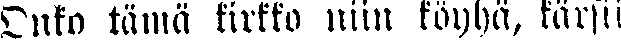
Onko tämä kirkko niin köyhä, kärsii